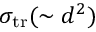
\sigma _ { \mathrm { t r } } ( \sim d ^ { 2 } )